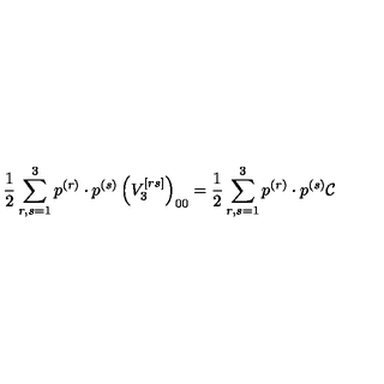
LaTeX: \frac { 1 } { 2 } \sum _ { r , s = 1 } ^ { 3 } p ^ { ( r ) } \cdot p ^ { ( s ) } \left( V _ { 3 } ^ { \left[ r s \right] } \right) _ { 0 0 } = \frac { 1 } { 2 } \sum _ { r , s = 1 } ^ { 3 } p ^ { ( r ) } \cdot p ^ { ( s ) } \mathcal { C }